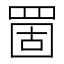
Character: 䍛